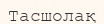
Тасшолақ